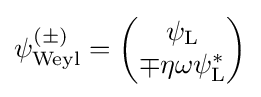
\psi _{\text{Weyl}}^{(\pm )}={\begin{pmatrix}\psi _{\rm {L}}\\\mp \eta \omega \psi _{\rm {L}}^{*}\end{pmatrix}}